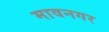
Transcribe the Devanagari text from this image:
मावनगर